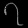
Digit: ၇